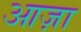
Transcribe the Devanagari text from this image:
आज़ा